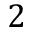
2